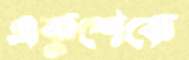
একুশেকে